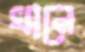
খানে